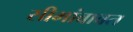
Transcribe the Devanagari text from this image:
सीमांबाबत